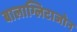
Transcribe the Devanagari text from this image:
बालाग्लिटाजोन